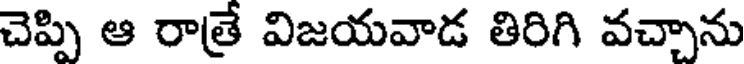
చెప్పి ఆ రాత్రే విజయవాడ తిరిగి వచ్చాను